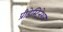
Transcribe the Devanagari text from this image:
प्रीडेस्टिनेशन